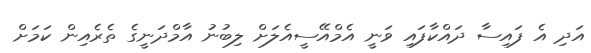
އަދި އެ ފައިސާ ދައްކާފައި ވަނީ އެމްއޭސީއެލަށް ލިބުނު އާމްދަނީގެ ތެރެއިން ކަމަށް